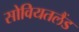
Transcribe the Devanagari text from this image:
सोवियतलैंड